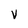
Character: v